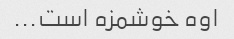
اوه خوشمزه است...